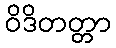
ဝိဒိတတ္တာ